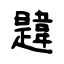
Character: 韙